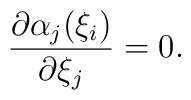
\frac{\partial \alpha_j(\xi_i)}{\partial \xi_j}=0.